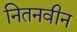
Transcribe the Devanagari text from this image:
नितनवीन